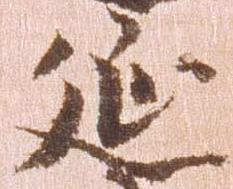
延